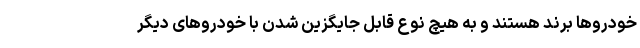
خودروها برند هستند و به هیچ نوع قابل جایگزین شدن با خودروهای دیگر